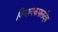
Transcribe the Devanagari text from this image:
विनायकपालदेव